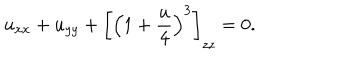
u _ { x x } + u _ { y y } + \left[ \left( 1 + { \frac { u } { 4 } } \right) ^ { 3 } \right] _ { z z } = 0 .